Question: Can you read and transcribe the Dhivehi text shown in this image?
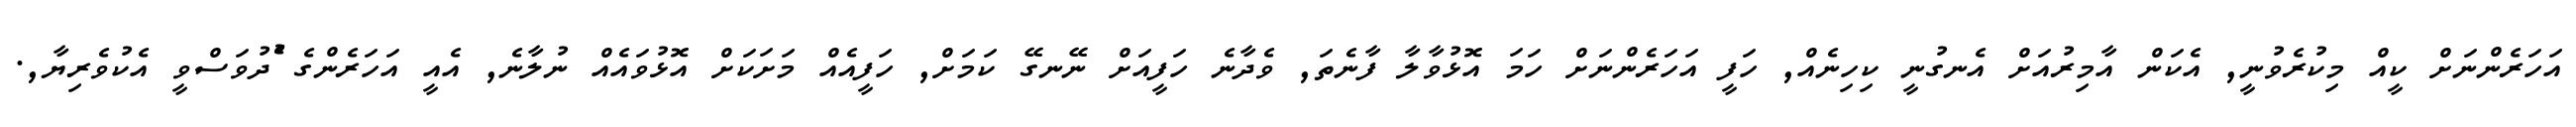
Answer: އަހަރެންނަށް ކީއް މިކުރެވުނީ, އެކަން އާމިރުއަށް އެނގުނީ ކިހިނެއް, ހަފީ އަހަރެންނަށް ހަމަ އޮޅުވާލާ ފާނެތަ, ވެދާނެ ހަފީއަށް ނޭނގޭ ކަމަށް, ހަފީއެއް މަށަކަށް އޮޅުވައެއް ނުލާނެ, އެއީ އަހަރެންގެ ެުދުވަސްވީ އެކުވެރިޔާ,.